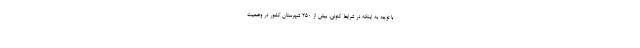
با توجه به اینکه در شرایط کنونی، بیش از 250 شهرستان کشور در وضعیت